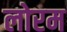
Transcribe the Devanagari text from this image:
लोरम